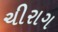
ચીરાગ